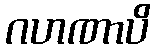
ဂဟဏာပိ